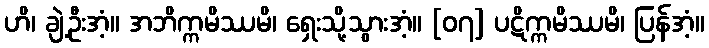
ဟိ၊ ချဲ့ဦးအံ့။ အဘိက္ကမိဿမိ၊ ရှေးသို့သွားအံ့။ [၀၇] ပဋိက္ကမိဿမိ၊ ပြန်အံ့။